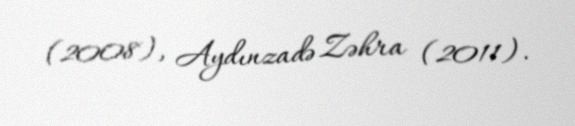
(2008), Aydınzadə Zəhra (2011).